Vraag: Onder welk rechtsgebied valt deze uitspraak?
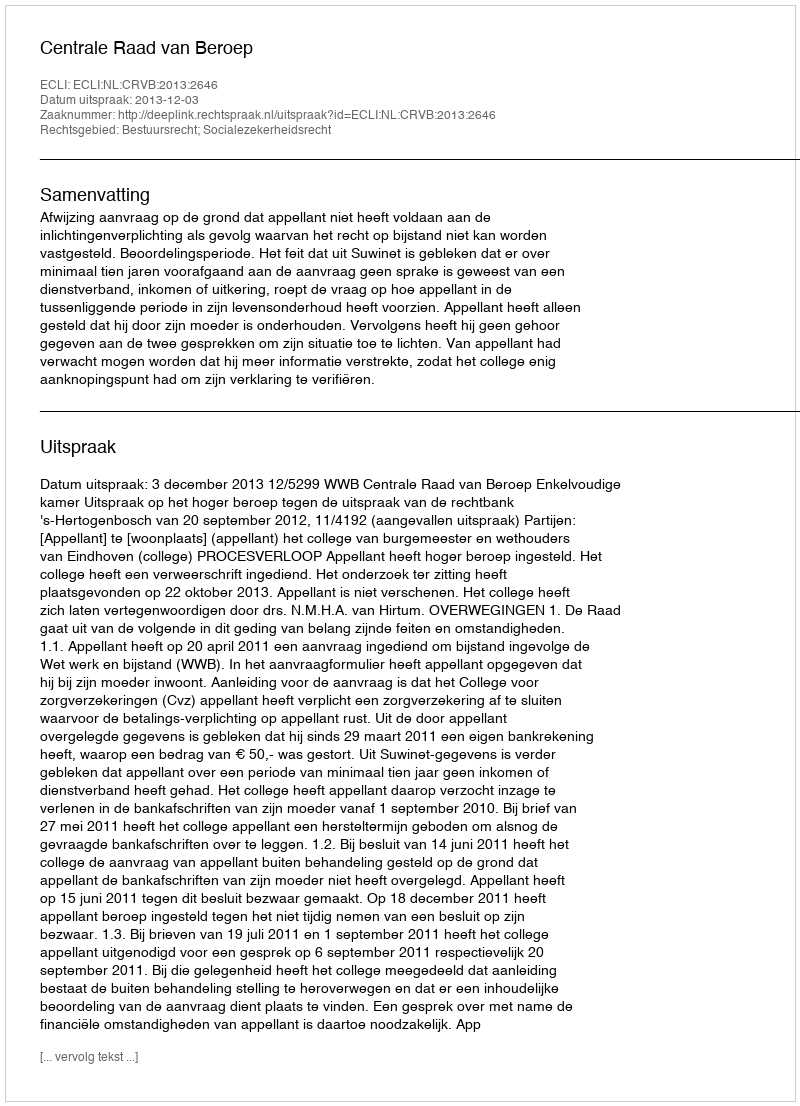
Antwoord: Bestuursrecht; Socialezekerheidsrecht